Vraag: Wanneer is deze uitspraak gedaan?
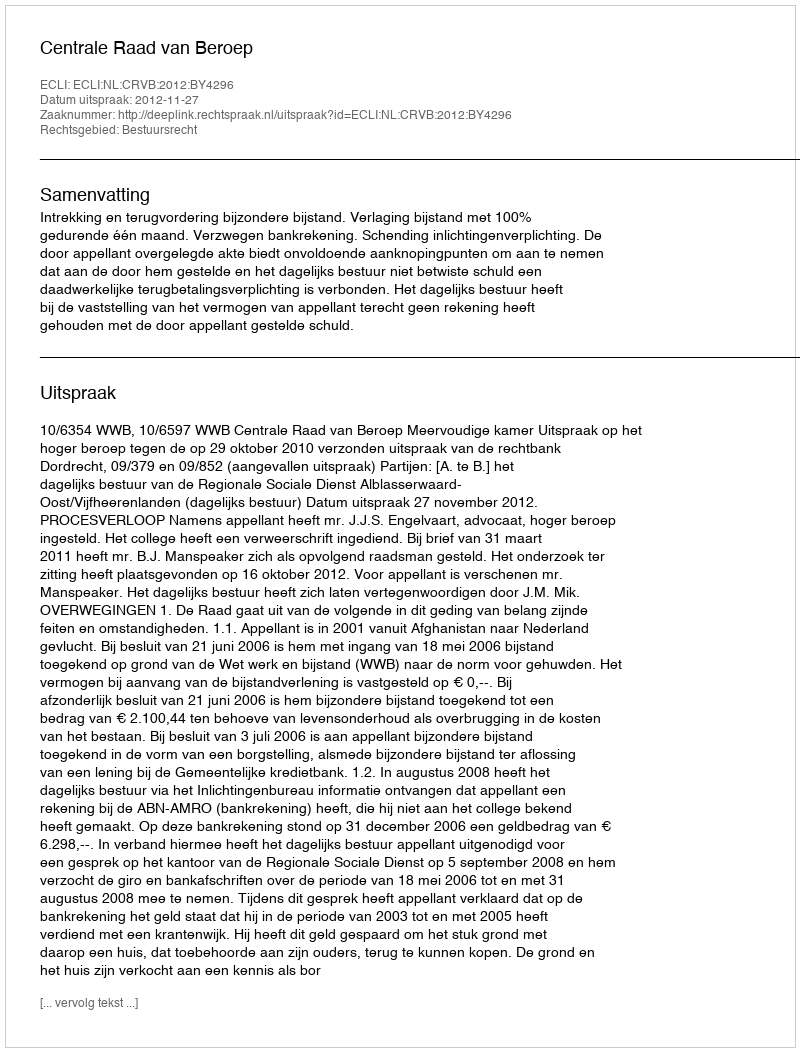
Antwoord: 2012-11-27